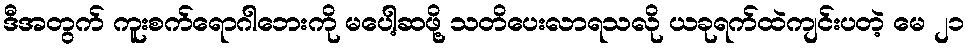
ဒီအတွက် ကူးစက်ရောဂါဘေးကို မပေါ့ဆဖို့ သတိပေးလာရသလို ယခုရက်ထဲကျင်းပတဲ့ မေ ၂၁